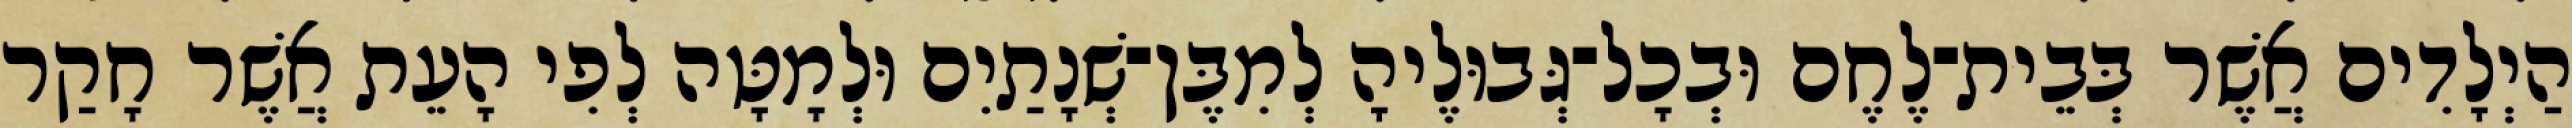
הַיְלָדִים אֲשֶׁר בְּבֵית־לֶחֶם וּבְכָל־גְּבוּלֶיהָ לְמִבֶּן־שְׁנָתַיִם וּלְמָטָּה לְפִי הָעֵת אֲשֶׁר חָקַר